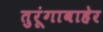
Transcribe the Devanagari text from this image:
तुरूंगाबाहेर